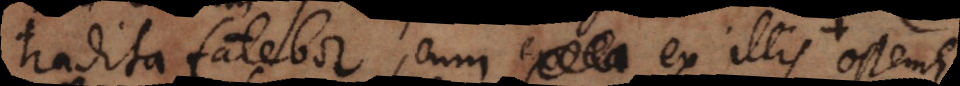
tradita fatebor, cum ex illis ostendi